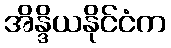
အိန္ဒိယနိုင်ငံက